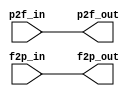
//
//--------------------------------------------------------------------------------
//          THIS FILE WAS AUTOMATICALLY GENERATED BY THE GENESIS2 ENGINE        
//  FOR MORE INFORMATION: OFER SHACHAM (CHIP GENESIS INC / STANFORD VLSI GROUP)
//    !! THIS VERSION OF GENESIS2 IS NOT FOR ANY COMMERCIAL USE !!
//     FOR COMMERCIAL LICENSE CONTACT SHACHAM@ALUMNI.STANFORD.EDU
//--------------------------------------------------------------------------------
//
//  
//	-----------------------------------------------
//	|            Genesis Release Info             |
//	|  $Change: 11904 $ --- $Date: 2013/08/03 $   |
//	-----------------------------------------------
//	
//
//  Source file: /horowitz/users/dhuff/CGRAGenerator/hardware/generator_z/io16bit/io16bit.vp
//  Source template: io16bit
//
// --------------- Begin Pre-Generation Parameters Status Report ---------------
//
//	From 'generate' statement (priority=5):
// Parameter side 	= 1
// Parameter io_group 	= 0
//
//		---- ---- ---- ---- ---- ---- ---- ---- ---- ---- ----
//
//	From Command Line input (priority=4):
//
//		---- ---- ---- ---- ---- ---- ---- ---- ---- ---- ----
//
//	From XML input (priority=3):
//
//		---- ---- ---- ---- ---- ---- ---- ---- ---- ---- ----
//
//	From Config File input (priority=2):
//
// ---------------- End Pre-Generation Pramameters Status Report ----------------

// io_group (_GENESIS2_INHERITANCE_PRIORITY_) = 0
//
// side (_GENESIS2_INHERITANCE_PRIORITY_) = 1
//
// width (_GENESIS2_DECLARATION_PRIORITY_) = 16
//


module io16bit_unq1 (
p2f_in,
p2f_out,
f2p_in,
f2p_out
);

input  [15:0] p2f_in;
output [15:0] p2f_out;
input  [15:0] f2p_in;
output [15:0] f2p_out;


  assign p2f_out = p2f_in;
  assign f2p_out = f2p_in;
endmodule